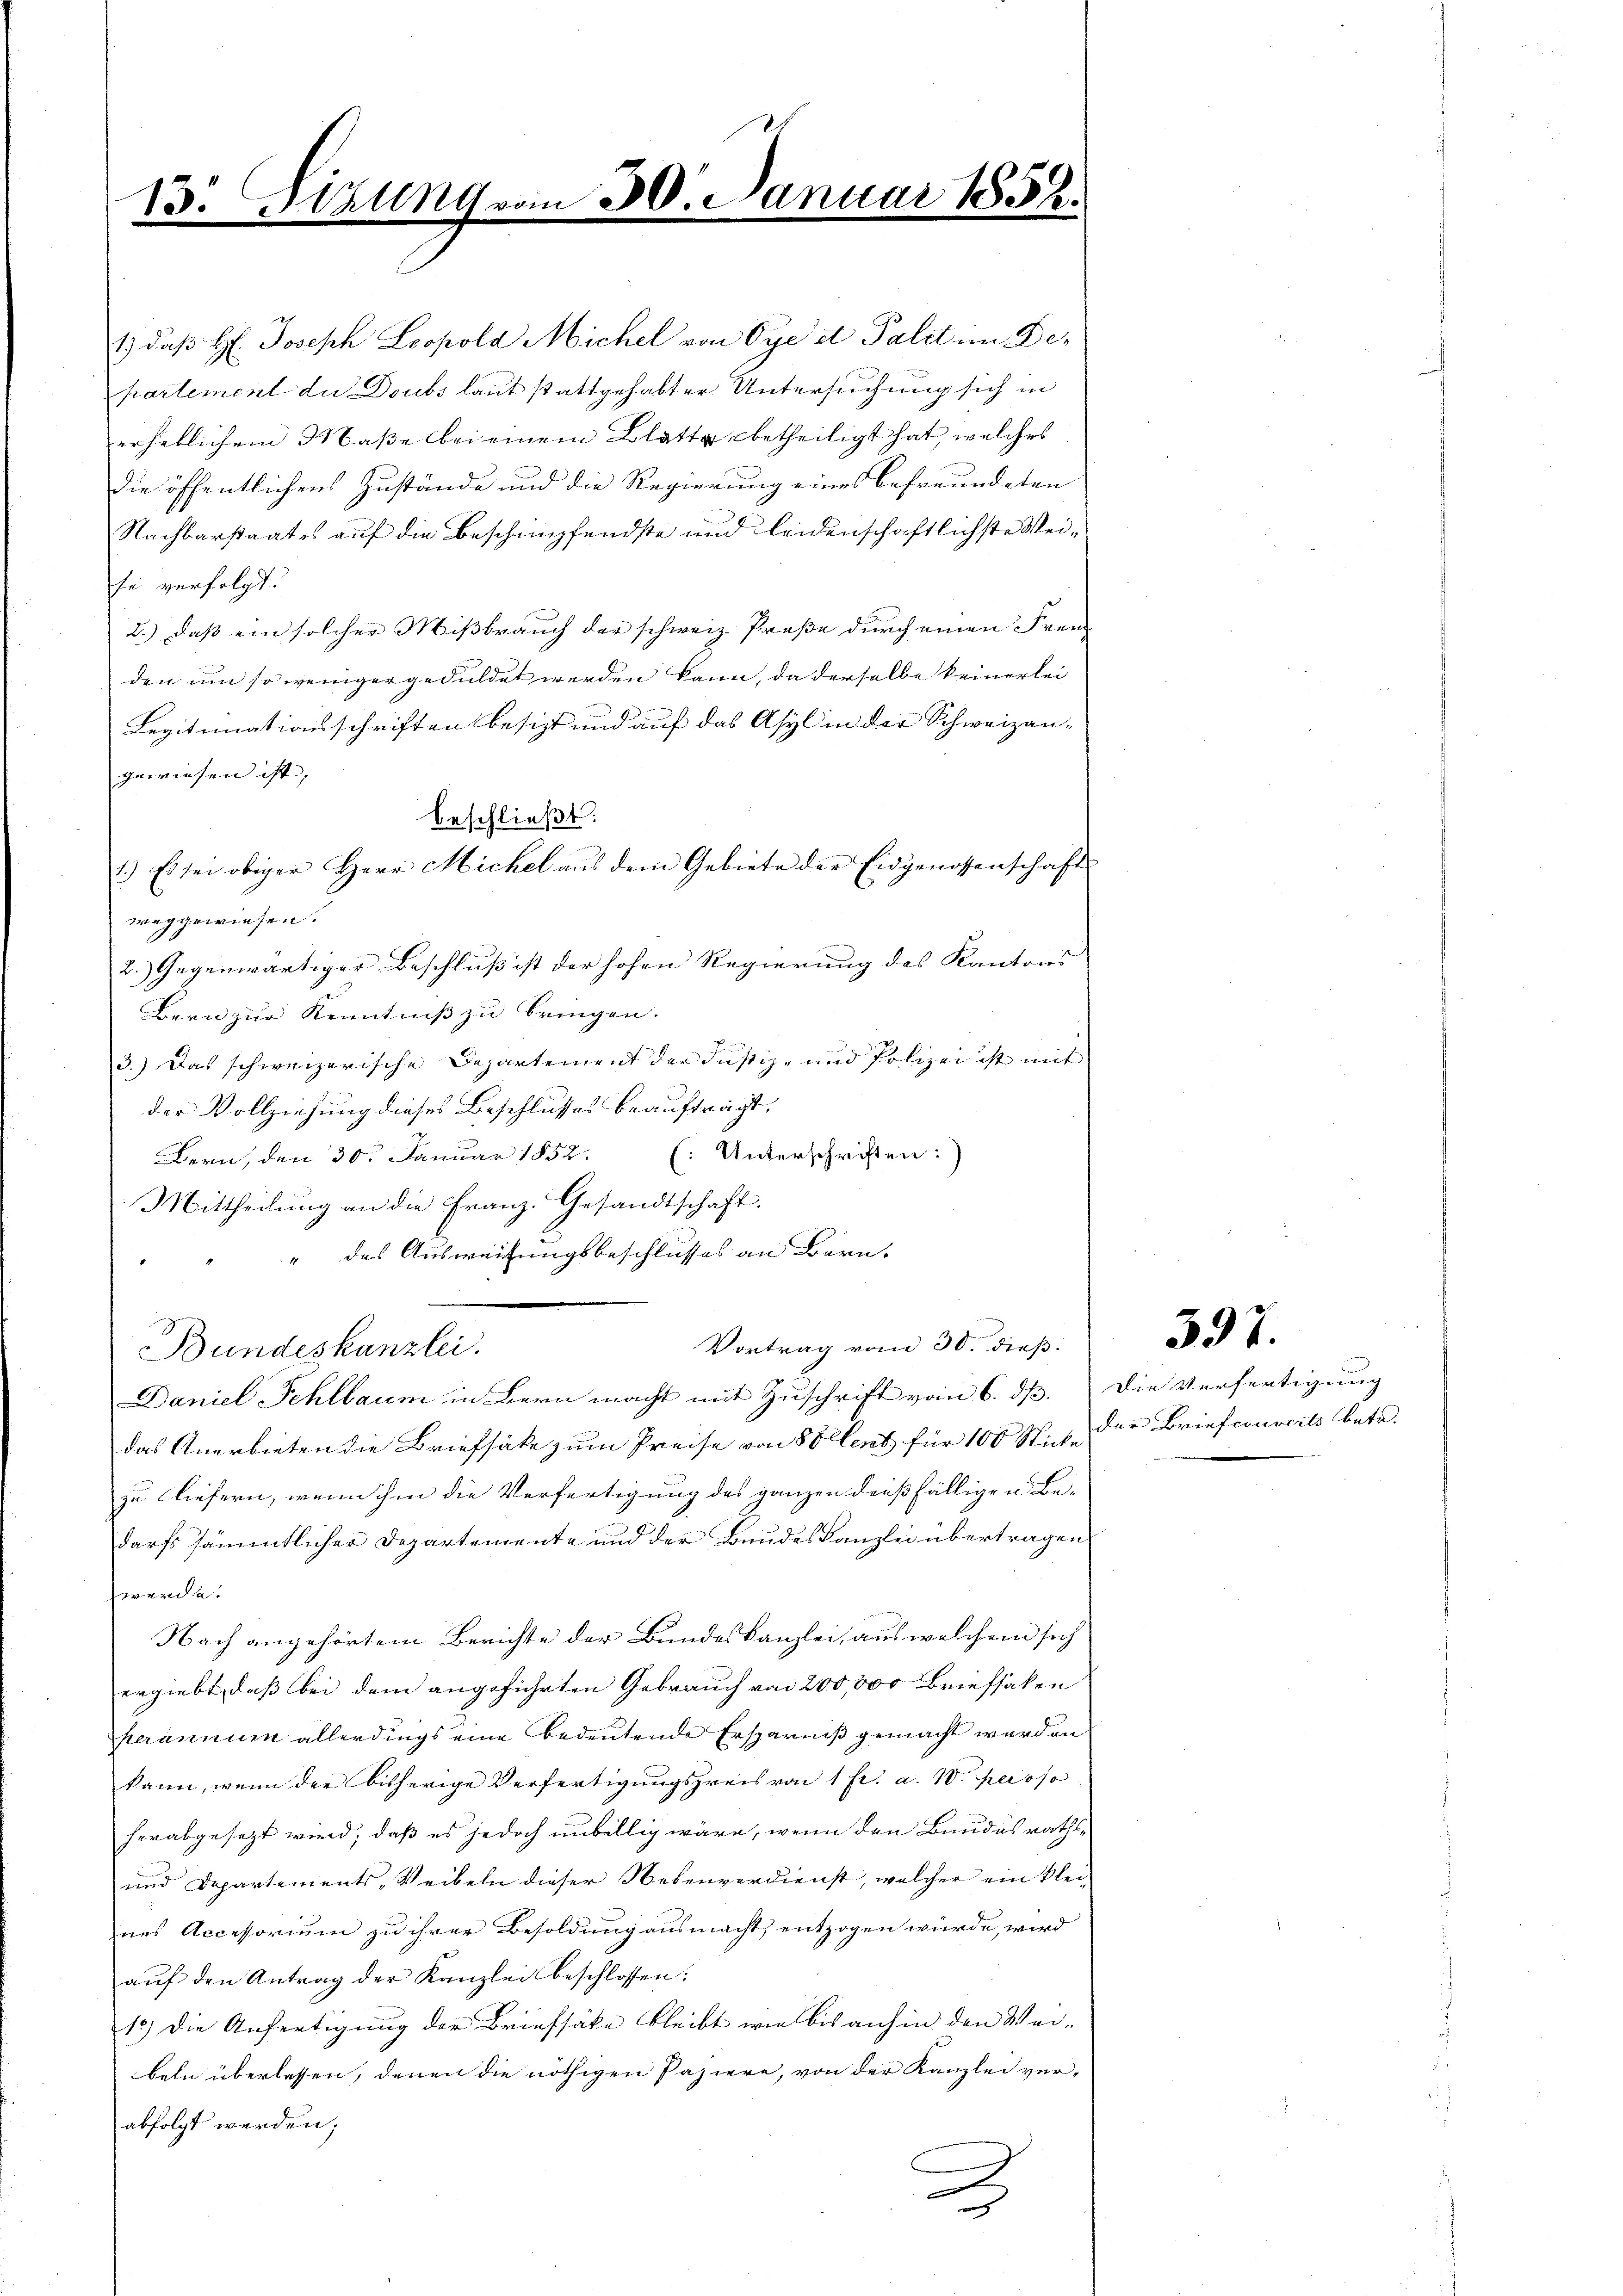
13. Sihlung vom 30.

1.) daß H. Joseph Leopola Michel von Oye et Palit im De-
partement du Doubs laut stattgehabter Untersuchung sich in
erheblichem Maße bei einem Blatte betheiligt hat, welches
die öffentlichens Zustände und die Regierung eines befreundeten
Nachbarstaates auf die Beschimpfendste und leidenschaftlichste Weife verfolgt.
2.) Daß ein solcher Mißbrauch der schweiz. Proße durch einen Freu
den um so weniger geduldet werden kann, da derselbe keinerlei
Legitimationsschriften besizt und auf das Asyl in der Schweizangewiesen ist,
weggewiesen.
2.) Gegenwärtiger Beschluß ist der hohen Regierung des Kantons
Bern zur Kenntniß zu bringen.
3.) Das schweizerische Departement der Justiz- und Polizei ist mit
der Vollziehung dieses Beschlusses beaufträgt,
Bern, den 30. Januar 1852. (: Unterschriften:
Mittheilung an die Franz. Gesandtschaft.
" des Ausweisungsbeschlusses an Bern,
Vortrag vom 30. dieß.
Bundeskanzlei.
Daniel Fehlbaum in Bern macht mit Zuschrift vom 6. dß. Die Verfertigung
das Anerbieten die Briefsäke zum Preise von Sollent für 100 Sticke der Briefcouverts betr.
zu liefern, wenn ihm die Verfertigung des ganzen dießfälligen Bedarfs sämmtlicher Departemente und der Bundes Kanzlei übertragen
hwende.
Nach angehörtem Berichte der Bundeskanzlei, aus welchem sich
ergiebt, daß bei dem angeführten Gebrauch von 200,000 Briefsaken
herannum allerdings eine bedeutende Ersparniß gemacht werden
kann, wenn der bisherige Verfertigungspreis von 1 fl. a. 10. peroso
herabgesezt wird; daß es jedoch unbillig wäre, wenn den Bundesraths-
und Departements, Weibeln dieser Nebenverdienst, welcher ein kleines Accessorium zu ihrer Besoldung ausmacht, entzogen würde, wird
aŭf den Antrag der Kanzlei beschlossen:
15.) Die Anfertigung der Briefsäke bleibt wie bis auch in den Wei-
beln überlassen, denen die nöthigen Papiere, von der Kanzlei ver-
abfolgt werden;
x
a

beschließt:

1.) Es sei obiger Herr Michel aus dem Gebiete der Eidgenossenschaft

Januar 1852.

397.